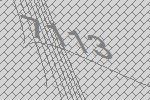
7113